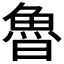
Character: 魯